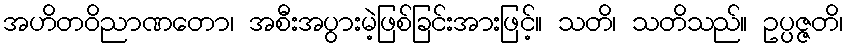
အဟိတဝိညာဏတော၊ အစီးအပွားမဲ့ဖြစ်ခြင်းအားဖြင့်။ သတိ၊ သတိသည်။ ဥပ္ပဇ္ဇတိ၊